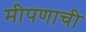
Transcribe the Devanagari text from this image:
मीपणाची